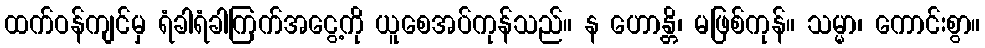
ထက်ဝန်ကျင်မှ ရံခါရံခါကြက်အငွေ့ကို ယူစေအပ်ကုန်သည်။ န ဟောန္တိ၊ မဖြစ်ကုန်။ သမ္မာ၊ ကောင်းစွာ။